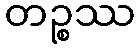
တဉ္စဿ